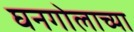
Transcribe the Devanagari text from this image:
घनगोलाच्या